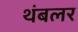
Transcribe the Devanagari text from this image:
थंबलर